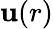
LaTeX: \mathbf{u}(r)